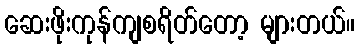
ဆေးဖိုးကုန်ကျစရိတ်တော့ များတယ်။